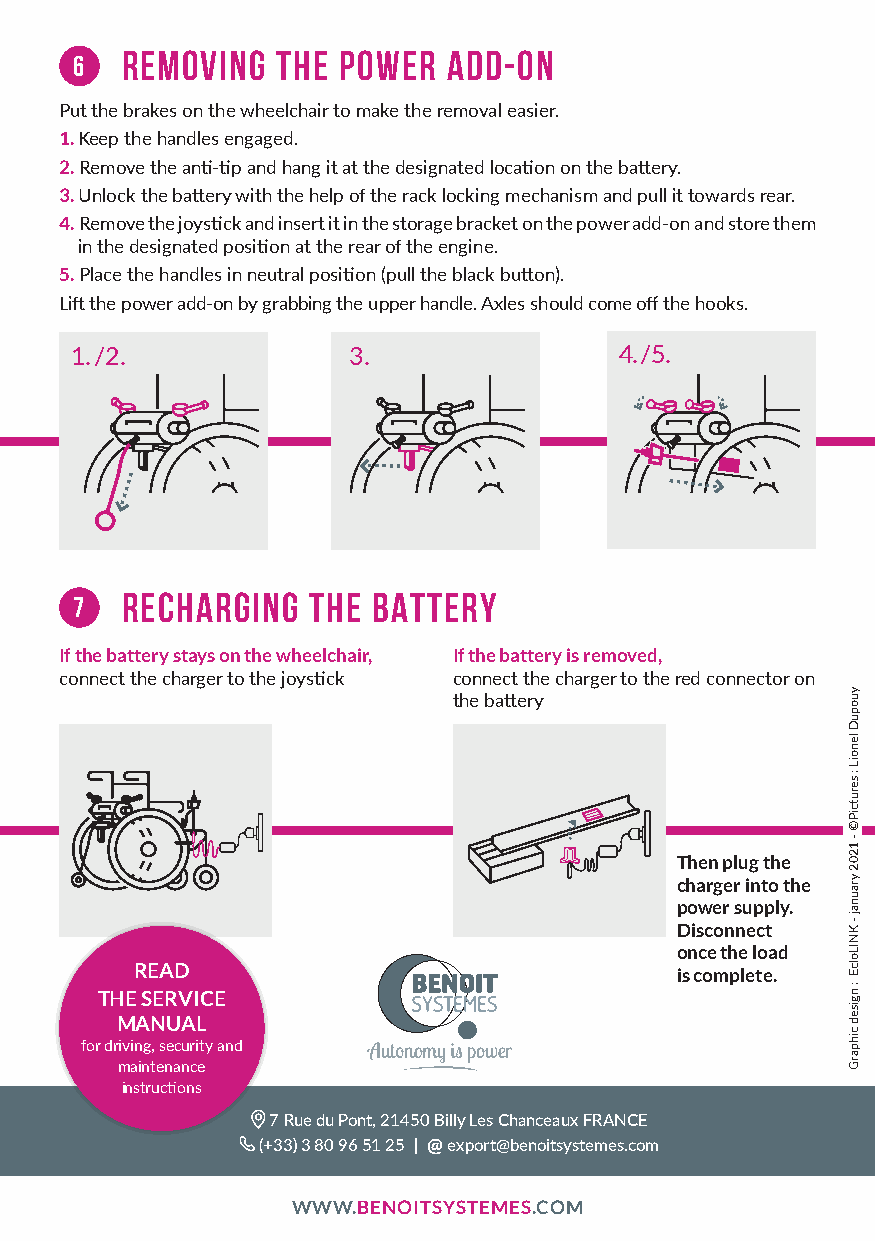
REMOVING  THE POWER   ADD-ON
 6
 Put the brakes on the wheelchair to make the removal easier.
 1. Keep the handles engaged.
 2. Remove the anti-tip and hang it at the designated location on the battery.
 3. Unlock the battery with the help of the rack locking mechanism and pull it towards rear.
 4. Remove the joystick and insert it in the storage bracket on the power add-on and store them
 in the designated position at the rear of the engine.
 5. Place the handles in neutral position (pull the black button).
 Lift the power add-on by grabbing the upper handle. Axles should come off the hooks.
 1. /2.            3.                4. /5.
 RECHARGING  THE  BATTERY
 7
 If the battery stays on the wheelchair, If the battery is removed,
 connect the charger to the joystick connect the charger to the red connector on
 the battery
 Then plug the
 charger into the
 power supply.
 Disconnect
 once the load
 READ                                is complete.
 THE SERVICE
 MANUAL
 for driving, security and
 maintenance
 instructions
 7 Rue du Pont, 21450 Billy Les Chanceaux FRANCE
 (+33) 3 80 96 51 25 | @ export@benoitsystemes.com
 WWW.BENOITSYSTEMES.COM
 yuopuD
 lenoiL
 :
 serutciP©
 -
 1202
 yraunaj
 - KNILolcE
 :
 ngised
 cihparG